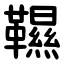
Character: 韅